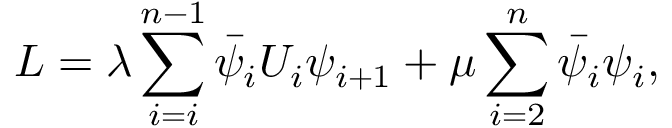
{ \cal L } = \lambda \sum _ { i = i } ^ { n - 1 } \bar { \psi } _ { i } U _ { i } \psi _ { i + 1 } + \mu \sum _ { i = 2 } ^ { n } \bar { \psi } _ { i } \psi _ { i } ,